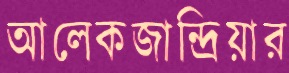
আলেকজান্দ্রিয়ার